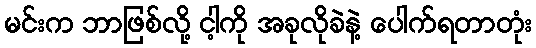
မင်းက ဘာဖြစ်လို့ ငါ့ကို အခုလိုခဲနဲ့ ပေါက်ရတာတုံး